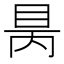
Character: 𥅙